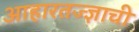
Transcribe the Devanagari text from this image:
आहारतज्‍ज्ञाची